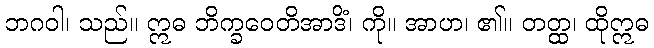
ဘဂဝါ၊ သည်။ ဣဓ ဘိက္ခဝေတိအာဒိံ၊ ကို။ အာဟ၊ ၏။ တတ္ထ၊ ထိုဣဓ